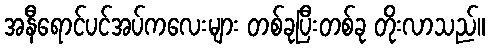
အနီရောင်ပင်အပ်ကလေးများ တစ်ခုပြီးတစ်ခု တိုးလာသည်။